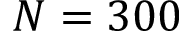
N = 3 0 0